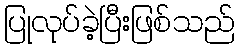
ပြုလုပ်ခဲ့ပြီးဖြစ်သည်